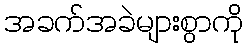
အခက်အခဲများစွာကို